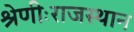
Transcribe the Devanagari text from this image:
श्रेणीःराजस्थान